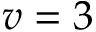
v = 3